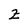
Character: z